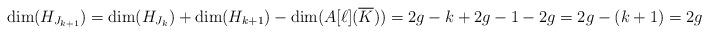
LaTeX: \begin{align*}\dim(H_{J_{k+1}})=\dim(H_{J_{k}})+\dim(H_{k+1})-\dim(A[\ell](\overline{K}))=2g-k+2g-1-2g=2g-(k+1)=2g-\#{J_{k+1}}.\end{align*}